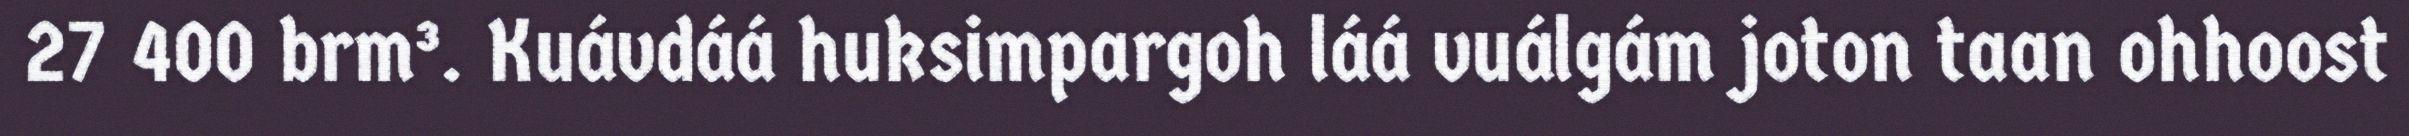
27 400 brm³. Kuávdáá huksimpargoh láá vuálgám joton taan ohhoost